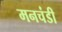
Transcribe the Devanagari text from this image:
मनचंडी